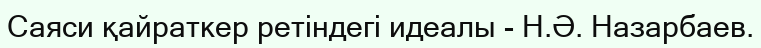
Саяси қайраткер ретіндегі идеалы - Н.Ә. Назарбаев.